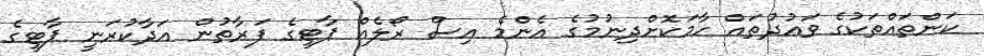
ކަންތައްތަކުގެ ވަޢުދުތައް ހާމަކޮށްދިނުމުގެ އެންމެ އިސް ރޯލެއް ޕާޓީގެ ފަރާތުން އަދާކުރަނީ ޕާޓީގެ